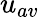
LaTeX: u_{av}